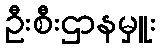
ဦးစီးဌာနမှူး